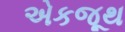
એકજૂથ